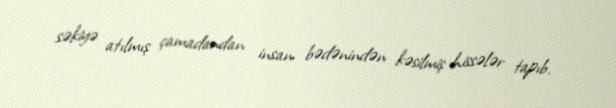
səkiyə atılmış çamadandan insan bədənindən kəsilmiş hissələr tapıb.